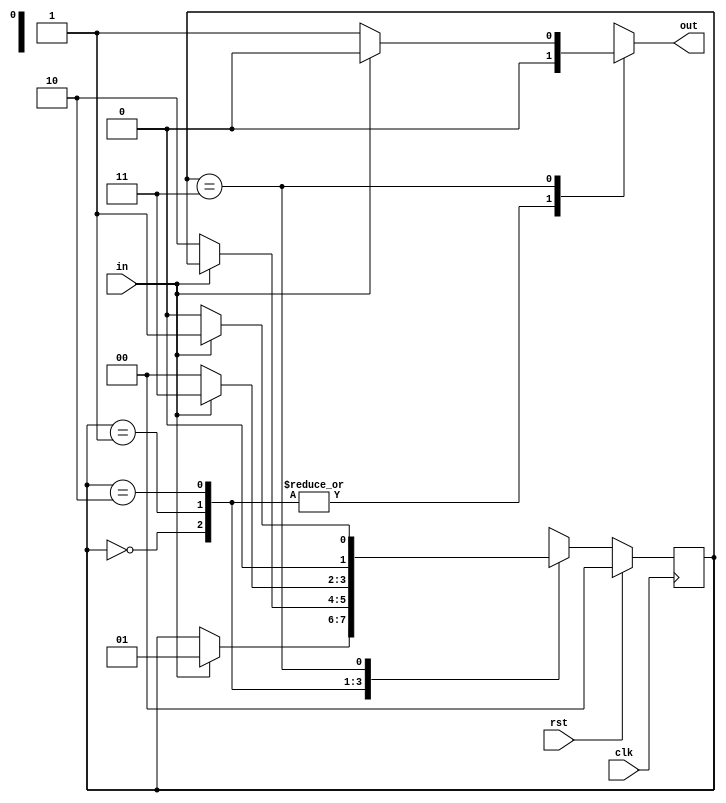
`timescale 1ns / 1ps
//////////////////////////////////////////////////////////////////////////////////
// Company: 
// Engineer: 
// 
// Design Name: 
// Module Name:    Mealy_NO 
// Project Name: 
// Target Devices: 
// Tool versions: 
// Description: 
//
// Dependencies: 
//
// Revision: 
// Revision 0.01 - File Created
// Additional Comments: 
//
//////////////////////////////////////////////////////////////////////////////////

//1010 non-overlapping mealy sequence detector.
module Mealy_NO(
    input in,clk,rst,
    output reg out
    );
reg [1:0] state,nstate;
parameter s0= 2'b00,s1= 2'b01,s10= 2'b10,s101= 2'b11;

always@(posedge clk)
begin
if(rst==1) begin
state<= s0; 
end
else begin
state<= nstate; 
end
end

always@(state or in)
begin
case(state)
s0: if(in==1) begin
    nstate= s1; 
	 out= 1'b0; 
	 end
	 else begin
	 nstate= state; 
	 out= 1'b0; 
	 end

s1: if(in==0) begin
    nstate= s10; 
	 out= 1'b0; 
	 end
	 else begin
	 nstate= state; 
	 out= 1'b0; 
	 end

s10: if(in==1) begin
    nstate= s101; 
	 out= 1'b0;
	 end
	 else begin
	 nstate= s0; 
	 out= 1'b0; 
	 end

s101: if(in==0) begin
    nstate= s0; 
	 out= 1'b1; end
	 else begin
	 nstate= s1; 
	 out= 1'b0; end

default: begin
	nstate= s0;
	out=1'b0;
end
	 
endcase
end

endmodule